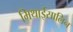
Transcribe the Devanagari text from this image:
मिथाईसालिन